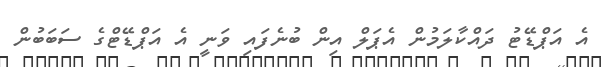
އެ އަޕްޑޭޓު ދައްކާލަމުން އެޕަލް އިން ބުނެފައި ވަނީ އެ އަޕްޑޭޓްގެ ސަބަބުން